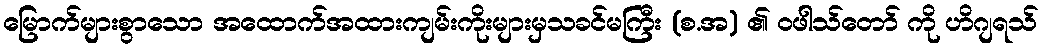
မြောက်များစွာသော အထောက်အထားကျမ်းကိုးများမှသခင်မကြီး (စ.အ) ၏ ဝဖါသ်တော် ကို ဟိဂျရသ်